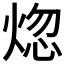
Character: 𬊡